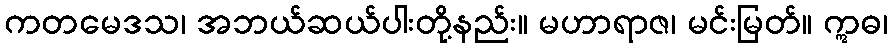
ကတမေဒသ၊ အဘယ်ဆယ်ပါးတို့နည်း။ မဟာရာဇ၊ မင်းမြတ်။ ဣဓ၊